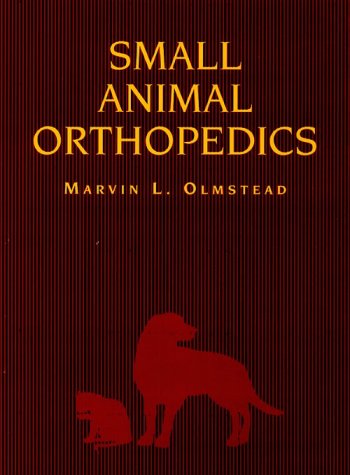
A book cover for Small Animal Orthopedics, 1e; Marvin L. Olmstead DVM  MS; Medical Books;